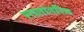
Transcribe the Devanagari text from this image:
स्तलांतरित